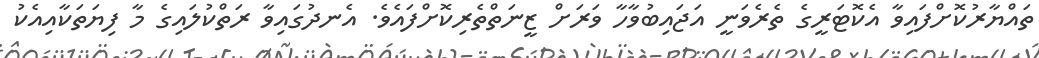
ތައްޔާރުކޮށްފައިވާ އެކޮޓަރީގެ ތެރެވަނީ އަޖައިބުވާހާ ވަރަށް ޒީނަތްތެރިކޮށްފައެވެ. އެނދުގައިވާ ރަތްކުލައިގެ މާ ފިޔަތަކާއިއެކު